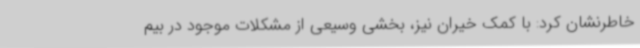
خاطرنشان کرد: با کمک خیران نیز، بخشی وسیعی از مشکلات موجود در بیم